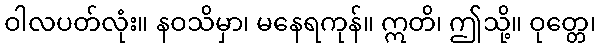
ဝါလပတ်လုံး။ နဝသိမှာ၊ မနေရကုန်။ ဣတိ၊ ဤသို့။ ဝုတ္တေ၊